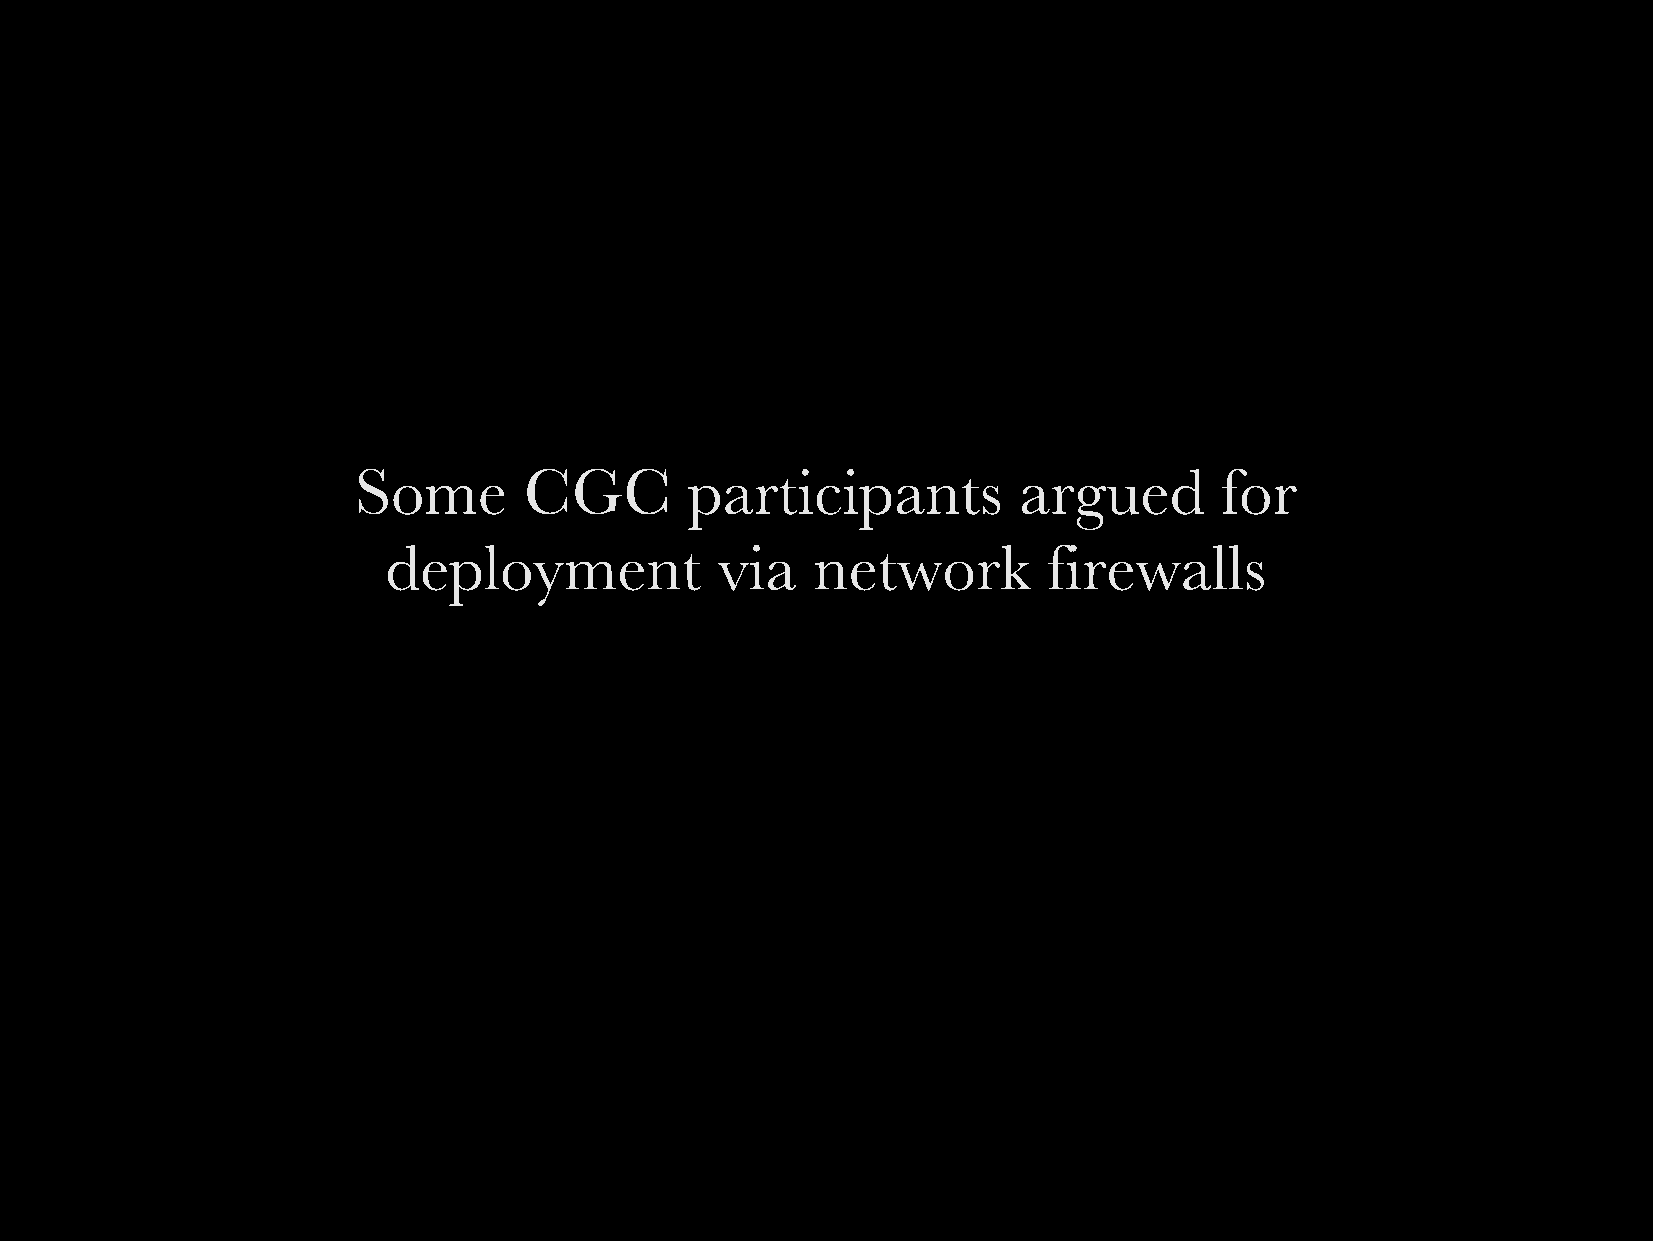
Some        CGC        participants         argued        for
 deployment            via   network        firewalls